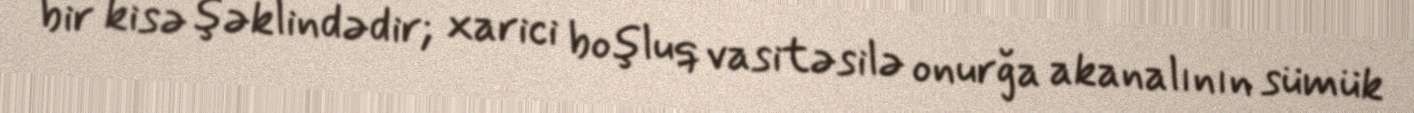
bir kisə şəklindədir; xarici boşluq vasitəsilə onurğa akanalının sümük